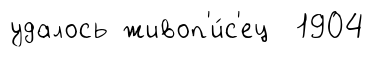
удалось живоп'и́с'ец 1904